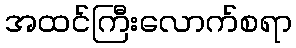
အထင်ကြီးလောက်စရာ